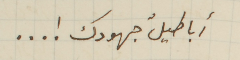
أباطيلُ جهودك ! ...